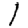
Digit: 1